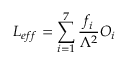
{ \cal L } _ { e f f } = \sum _ { i = 1 } ^ { 7 } \frac { f _ { i } } { \Lambda ^ { 2 } } O _ { i }